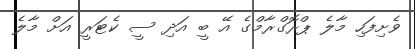
ވެށިފަހި މާލެ ޕްރޮގްރާމްގެ އޭ ބީ އަދި ސީ ކެޓަރީ އަށް މާލެ